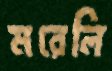
মরেলি